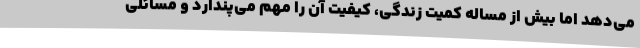
می‌دهد اما بیش از مساله کمیت زندگی، کیفیت آن را مهم می‌پندارد و مسائلی